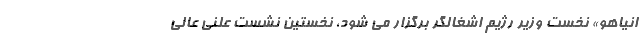
انیاهو» نخست وزیر رژیم اشغالگر برگزار می شود، نخستین نشست علنی عالی